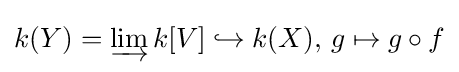
k(Y)=\varinjlim k[V]\hookrightarrow k(X),\,g\mapsto g\circ f